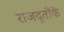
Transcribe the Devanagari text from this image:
राजदूतोंके